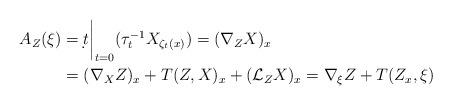
LaTeX: \begin{align*}A_Z(\xi) &=\d{}{t}\bigg\vert_{t=0} (\tau^{-1}_t X_{\zeta_t(x)}) =(\nabla_ZX)_x\\&= (\nabla_X Z)_x + T(Z,X)_x + (\mathcal{L}_ZX)_x = \nabla_\xi Z + T(Z_x,\xi)\end{align*}